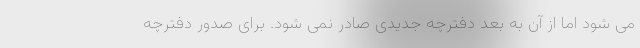
می شود اما از آن به بعد دفترچه جدیدی صادر نمی شود. برای صدور دفترچه